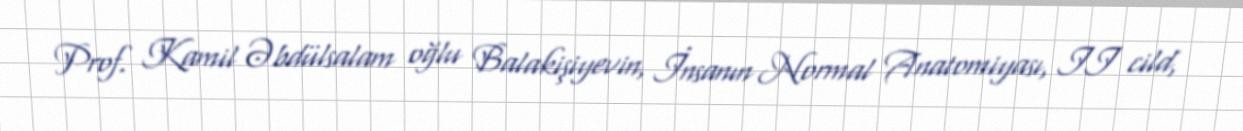
Prof. Kamil Əbdülsalam oğlu Balakişiyevin, İnsanın Normal Anatomiyası, II cild,